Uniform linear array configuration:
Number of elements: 32
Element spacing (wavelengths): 0.75
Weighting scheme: exponential
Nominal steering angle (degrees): -15
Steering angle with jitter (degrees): -13.02
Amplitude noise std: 0.05
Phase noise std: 0.05

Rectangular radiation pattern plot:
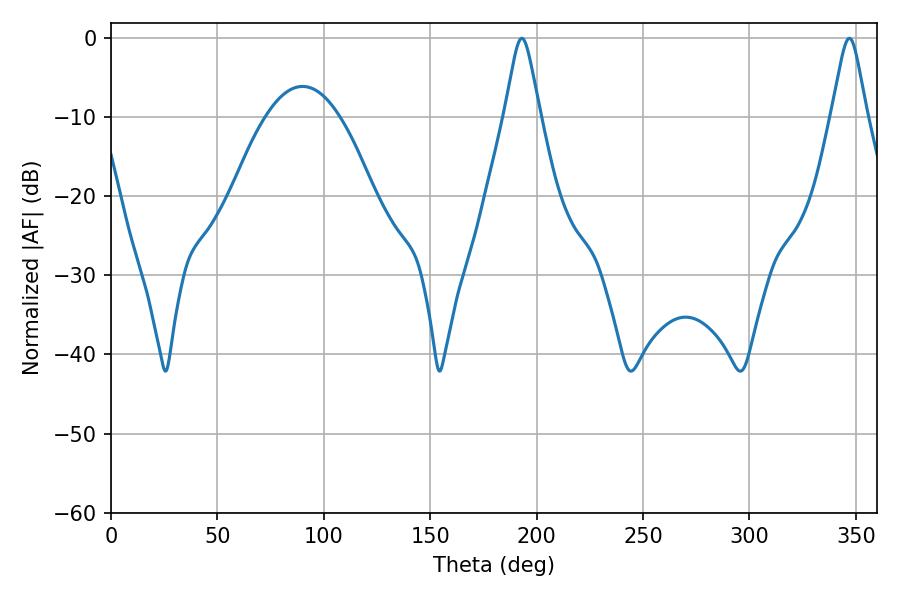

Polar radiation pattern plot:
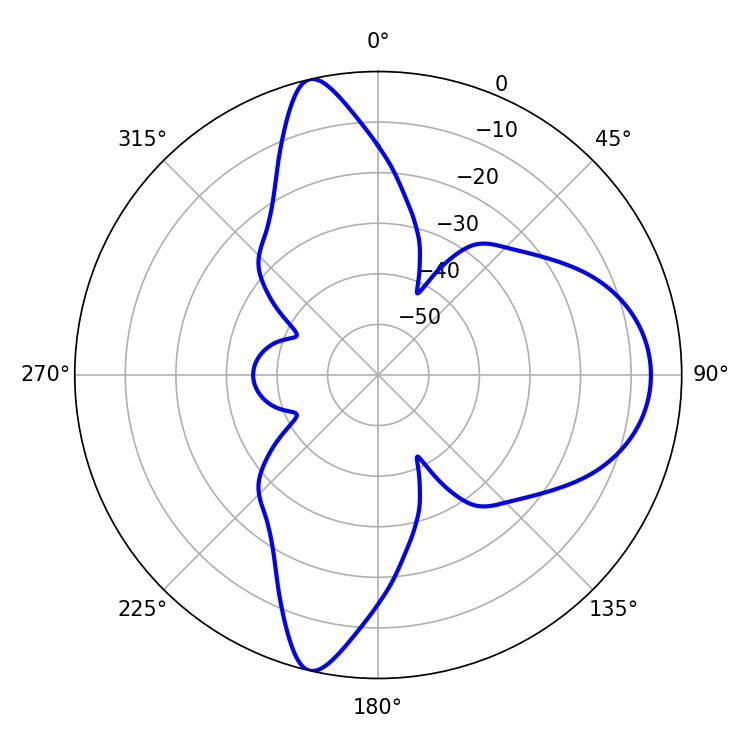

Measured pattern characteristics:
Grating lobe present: TRUE
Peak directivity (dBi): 15.013
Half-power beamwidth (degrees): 7.92
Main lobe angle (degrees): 192.96